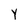
Character: Y